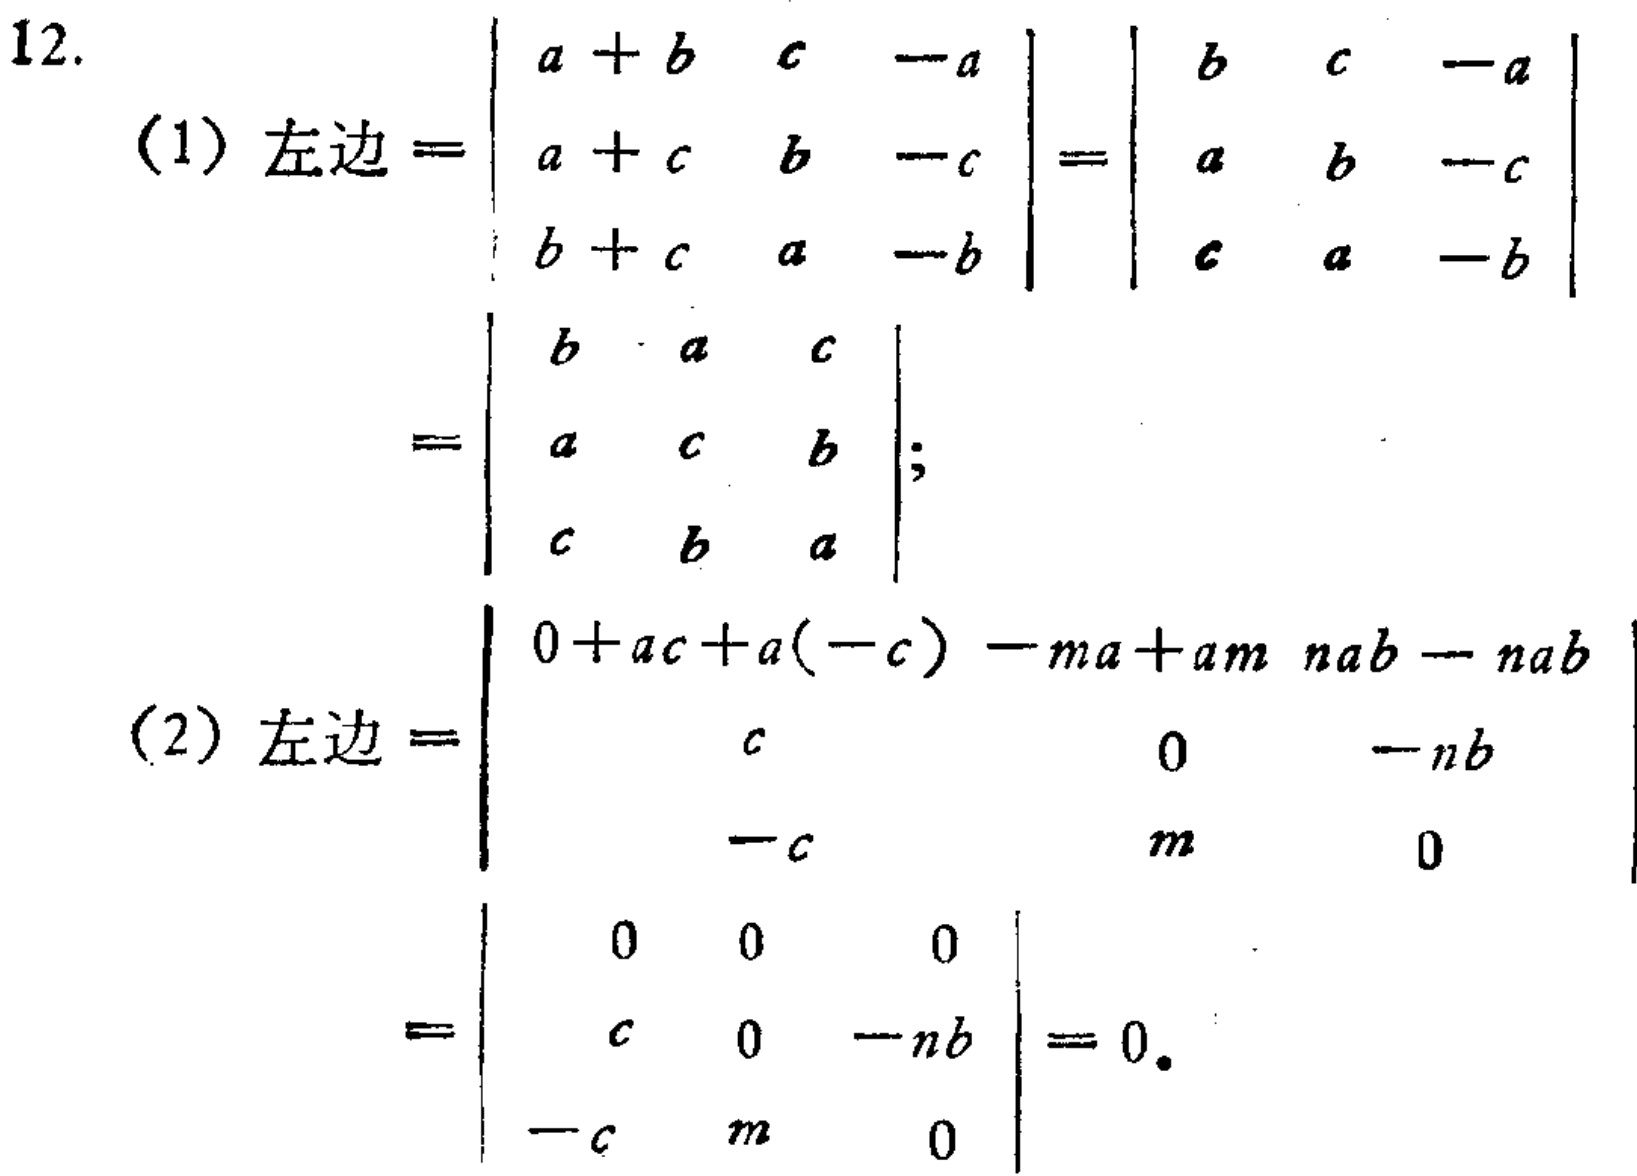
12.
(1) 左边 \(=\begin{vmatrix}
a + b & c & -a\\
a + c & b & -c\\
b + c & a & -b
\end{vmatrix}=\begin{vmatrix}
b & c & -a\\
a & b & -c\\
c & a & -b
\end{vmatrix}\)
\(=\begin{vmatrix}
b & a & c\\
a & c & b\\
c & b & a
\end{vmatrix}\)；
(2) 左边 \(=\begin{vmatrix}
0 + ac + a(-c) & -ma + am & nab - nab\\
c & 0 & -nb\\
-c & m & 0
\end{vmatrix}\)
\(=\begin{vmatrix}
0 & 0 & 0\\
c & 0 & -nb\\
-c & m & 0
\end{vmatrix}=0\)。